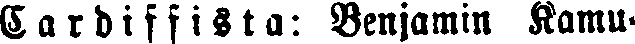
Cardiffista: Benjamin Kamu-